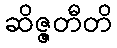
ဆိဇ္ဇတီတိ